Burma Government Medical School reports 1907-22
Year: 1907
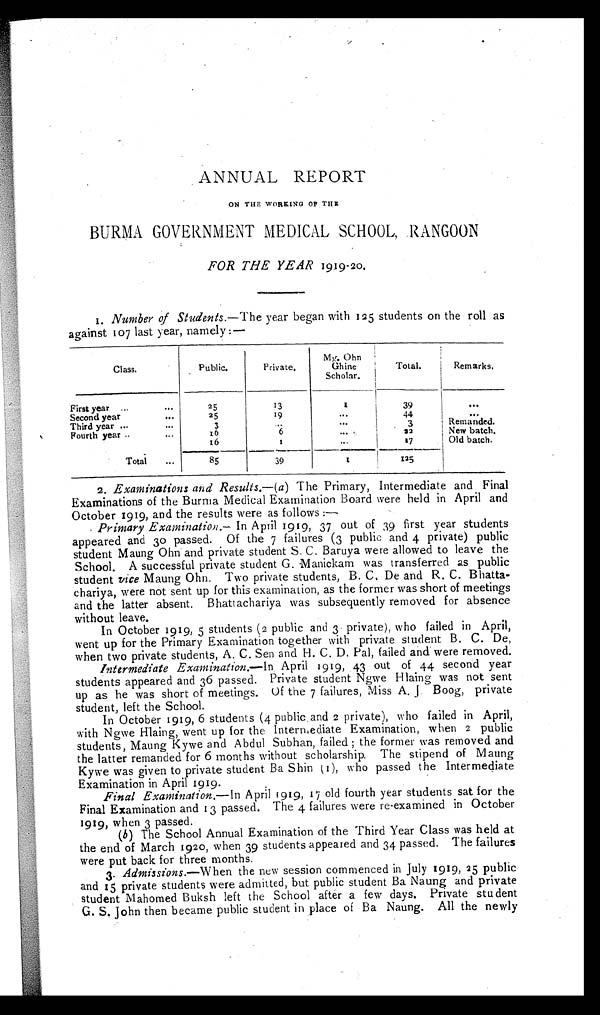
ANNUAL REPORT
ON THE WORKING OF THE
BURMA GOVERNMENT MEDICAL SCHOOL, RANGOON
FOR THE YEAR 1919-20.
1
. Number of Students.— The year began with 125 students on the roll as
against 107 last year, namely:—
C l a s s .
Public.
Private.
Mg. Ohn
Ghine
Scholar.
Total.
Remarks.
First year . . .
25
13
1
39
. . .
Second year . . .
25
1 9
. . .
44
. . .
Third year . . .
3
. . .
. . .
3
Remanded.
Fourth year . . .
16
6
. . .
92
New batch.
16
6
. . .
17
Old batch.
T o t a l . . .
85
39
1
125
2 . Examinations and Results.— (a ) The Primary, Intermediate and Final
Examinations of the Burma Medical Examination Board were held in April and
October 1919, and the results were as follows:—
Primary Examination.— In April 1919, 37 out of 39 first year students
appeared and 30 passed. Of the 7 failures (3 public and 4 private) public
student Maung Ohn and private student S. C. Baruya were allowed to leave the
School. A successful private student G. Manickam was transferred as public
student vice Maung Ohn. Two private students, B. C. De and R. C. Bhatta
- c h a r i y a , w e r e n o t s e n t u p f o r t h i s e x a m i n a t i o n , a s t h e f o r m e r w a s s h o r t o f m e e t i n g s
and the latter absent. Bhattachariya was subsequently removed for absence
without leave.
In October 1919, 5 students (2 public and 3 private), who failed in April,
went up for the Primary Examination together with private student B. C. De,
when two private students, A. C. Sen and H. C. D. Pal, failed and were removed.
Intermediate Exainination.— In April 1919, 43 out of 44 second year
students appeared and 36 passed. Private student Ngwe Hlaing was not sent
up as he was short of meetings. Of the 7 failures, Miss A. J. Boog, private
student, left the School.
In October 1919, 6 students (4 public and 2 private), who failed in April,
with Ngwe Hlaing, went up for the Intermediate Examination, when 2 public
students, Maung Kywe and Abdul Subhan, failed; the former was removed and
the latter remanded for 6 months without scholarship. The stipend of Maung
Kywe was given to private student Ba Shin (1), who passed the Intermediate
Examination in April 1919.
Final Examination.— In April 1919, 17 old fourth year students sat for the
Final Examination and 13 passed. The 4 failures were re-examined in October
1919, when 3 passed.
(b ) The School Annual Examination of the Third Year Class was held at
the end of March 1920 , when 39 students appeared and 34 passed. The failures
were put back for three months.
3. Admissions.— When the new session commenced in July 1919, 25 public
and 15 private students were admitted, but public student Ba Naung and private
student Mahomed Buksh left the School after a few days. Private student
G. S. John then became public student in place of Ba Naung. All the newly